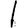
Digit: 1